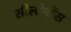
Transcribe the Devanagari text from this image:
सीलोमोंस